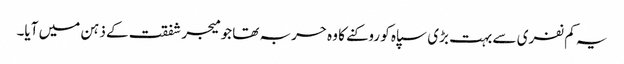
یہ کم نفری سے بہت بڑی سپاہ کو روکنے کا وہ حربہ تھا جو میجر شفقت کے ذہن میں آیا۔